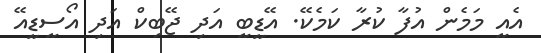
އެއީ މަމެން އުފާ ކުރާ ކަމެކޭ. އޭޑީބީ އަދި ޖޭބިކް އަދި އޯސީޑީއޭ